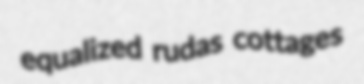
equalized rudas cottages